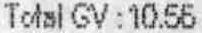
TOTAL GV : 10.55